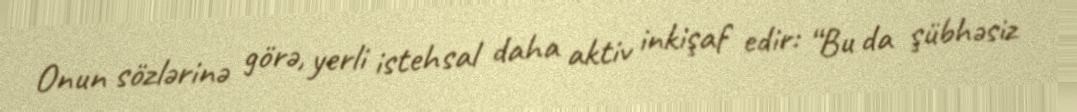
Onun sözlərinə görə, yerli istehsal daha aktiv inkişaf edir: “Bu da şübhəsiz